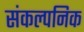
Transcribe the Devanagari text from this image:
संकल्पनिक